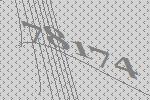
78174